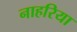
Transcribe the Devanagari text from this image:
नाहरिया